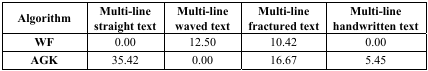
| Algorithm | Multi-line straight text | Multi-line waved text | Multi-line fractured text | Multi-line handwritten text |
 | --- | --- | --- | --- | --- |
 | WF | 0.00 | 12.50 | 10.42 | 0.00 |
 | AGK | 35.42 | 0.00 | 16.67 | 5.45 |